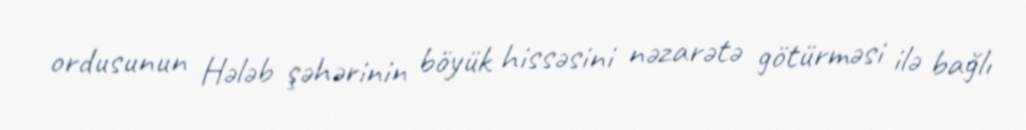
ordusunun Hələb şəhərinin böyük hissəsini nəzarətə götürməsi ilə bağlı